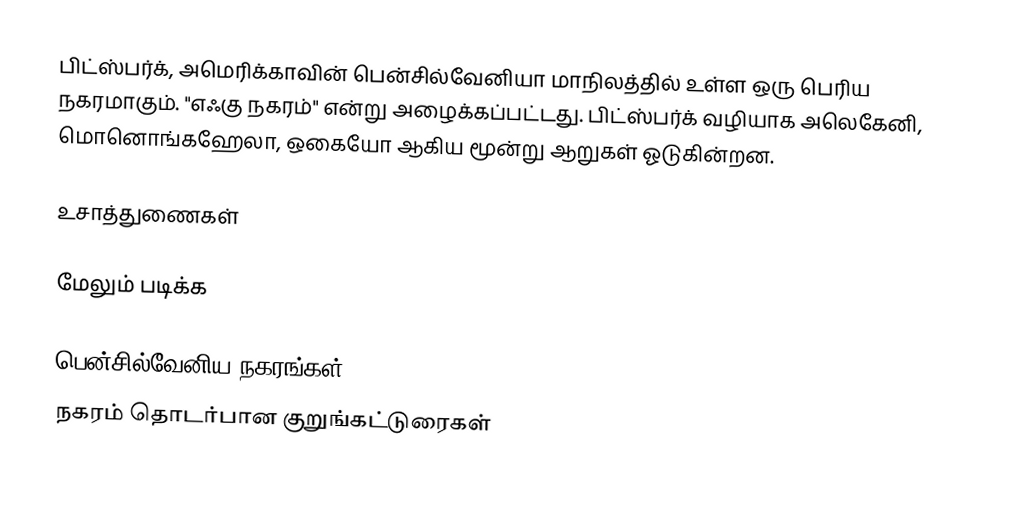
பிட்ஸ்பர்க், அமெரிக்காவின் பென்சில்வேனியா மாநிலத்தில் உள்ள ஒரு பெரிய நகரமாகும். "எஃகு நகரம்" என்று அழைக்கப்பட்டது. பிட்ஸ்பர்க் வழியாக அலெகேனி, மொனொங்கஹேலா, ஒகையோ ஆகிய மூன்று ஆறுகள் ஓடுகின்றன.

உசாத்துணைகள்

மேலும் படிக்க

பென்சில்வேனிய நகரங்கள்
நகரம் தொடர்பான குறுங்கட்டுரைகள்